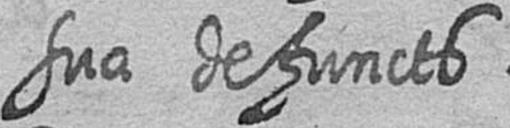
sua defuncts